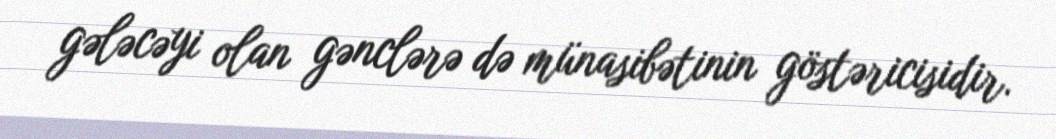
gələcəyi olan gənclərə də münasibətinin göstəricisidir.